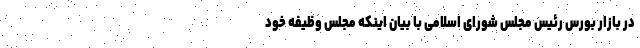
در بازار بورس رئیس مجلس شورای اسلامی با بیان اینکه مجلس وظیفه خود